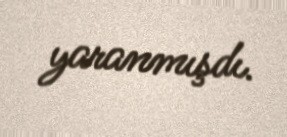
yaranmışdı.